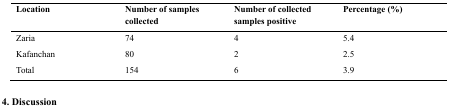
<table><thead><tr><td><b>Location</b></td><td><b>Number of samples collected</b></td><td><b>Number of collected samples positive</b></td><td><b>Percentage (%)</b></td></tr></thead><tbody><tr><td>Zaria Kafanchan</td><td>74 80</td><td>4 2</td><td>5.4 2.5</td></tr><tr><td>Total</td><td>154</td><td>6</td><td>3.9</td></tr></tbody></table>